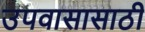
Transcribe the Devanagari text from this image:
उपवासासाठी